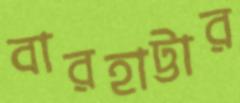
বারহাট্টার